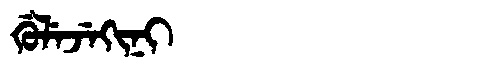
Manchu: ᡤᡠᠯᡝᠵᡝᡴᡳᠨᡳ
Romanization: GULEJEKINI